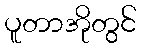
ပူတာအိုတွင်